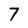
Character: 7